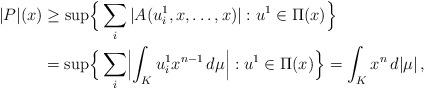
LaTeX: \begin{align*} |P|(x) &\ge \sup\Bigl\{\, \sum_{i} |A(u^1_{i},x,\dots,x)|: u^1 \in \Pi(x)\Bigr\}\\ & = \sup\Bigl\{\, \sum_{i} \Bigl|\int_K u^1_i x^{n-1}\,d\mu\Bigr|: u^1 \in \Pi(x)\Bigr\} = \int_K x^n\,d|\mu|\,, \end{align*}